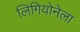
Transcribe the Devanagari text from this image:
लिगियोनेला